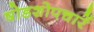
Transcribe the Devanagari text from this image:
षोडशोपचारें